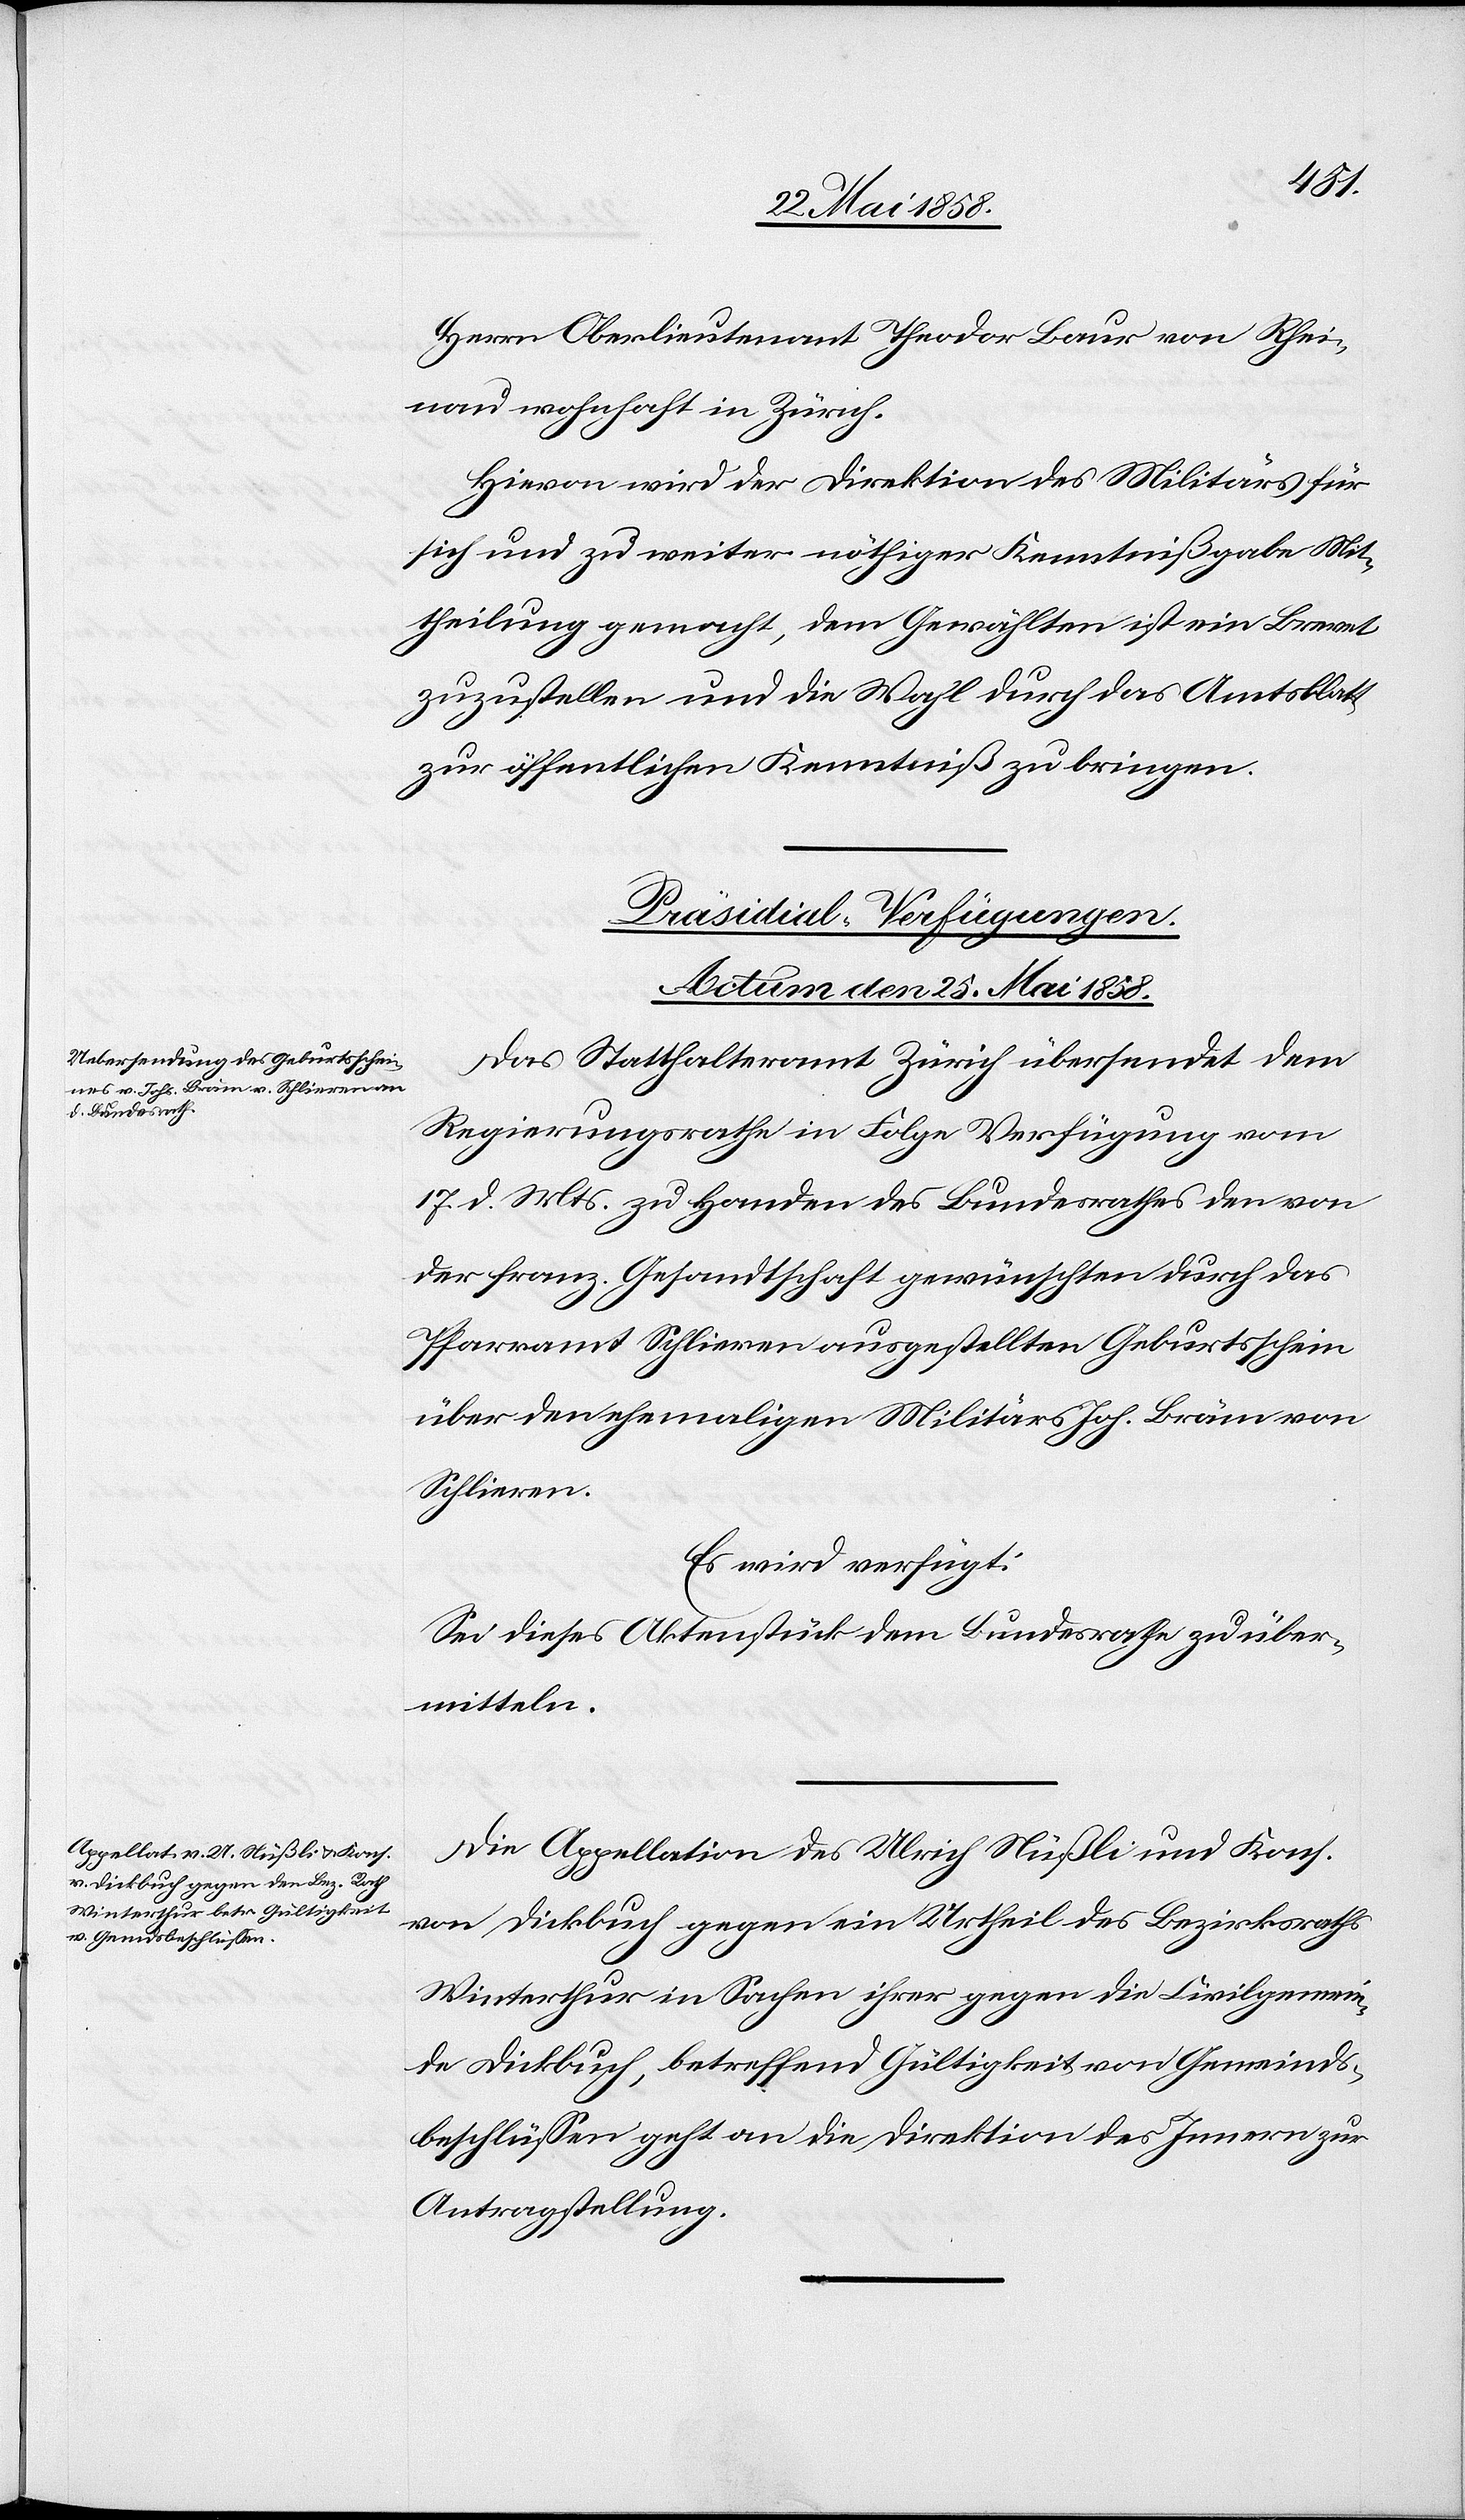
Herrn Oberlieutenant Theodor Baur von Rheinf¬
elden wohnhaft in Zürich.
Hievon wird der Direktion des Militärs für
sich und zu weiter nöthiger Kenntnißgabe Mit¬
theilung gemacht, dem Gewählten ist ein Brevet
zuzustellen und die Wahl durch das Amtsblatt
zur öffentlichen Kenntniß zu bringen.
[Präsidial-Verfügungen.
Actum den 25. Mai 1858.]
Das Statthalteramt Zürich übersendet dem
Regierungsrathe in Folge Verfügung vom
17. d. Mts. zu Handen des Bundesrathes den von
der franz. Gesandtschaft gewünschten durch das
Pfarramt Schlieren ausgestellten Geburtsschein
über den ehemaligen Militärs Joh. Bräm von
Schlieren.
Es wird verfügt:
Sei dieses Aktenstück dem Bundesrathe zu über¬
mitteln.
Die Appellation des Ulrich Nüßli und Kons.
von Dickbuch gegen ein Urtheil des Bezirksraths
Winterthur in Sachen ihrer gegen die Civilgemein¬
de Dickbuch, betreffend Gültigkeit von Gemeinds¬
beschlüssen geht an die Direktion des Innern zur
Antragstellung.